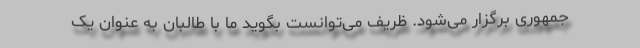
جمهوری برگزار می‌شود. ظریف می‌توانست بگوید ما با طالبان به عنوان یک